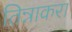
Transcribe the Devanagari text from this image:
तिन्नाकरा